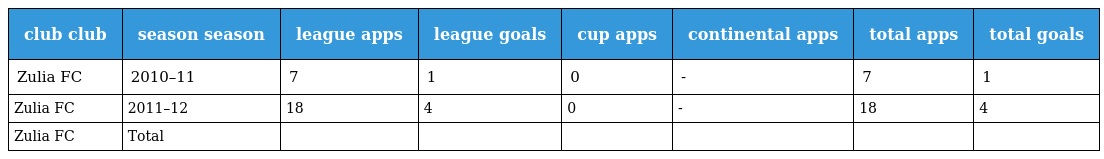
| club club | season season | league apps | league goals | cup apps | continental apps | total apps | total goals |
 | --- | --- | --- | --- | --- | --- | --- | --- |
 | Zulia FC | 2010–11 | 7 | 1 | 0 | - | 7 | 1 |
 | Zulia FC | 2011–12 | 18 | 4 | 0 | - | 18 | 4 |
 | Zulia FC | Total |  |  |  |  |  |  |